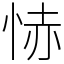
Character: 㤸